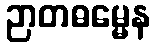
ဉာတဓမ္မေန